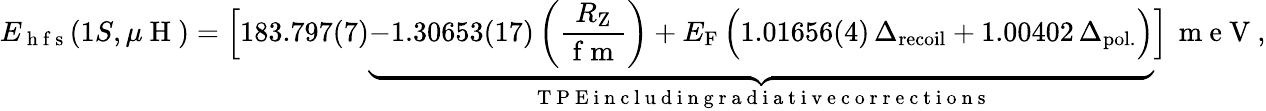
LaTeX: E_{\mathrm{~h~f~s~}}(1S,\mu\mathrm{~H~})=\Big[183.797(7)\underbrace{-1.30653(17)\left(\frac{R_{\mathrm{Z}}}{\mathrm{~f~m~}}\right)+E_{\mathrm{F}}\, \Big(1.01656(4)\, \Delta_{\mathrm{recoil}}+1.00402\, \Delta_{\mathrm{pol.}}\Big)}_{\mathrm{~T~P~E~i~n~c~l~u~d~i~n~g~r~a~d~i~a~t~i~v~e~c~o~r~r~e~c~t~i~o~n~s~}}\Big]\, \mathrm{~m~e~V~},